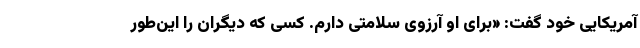
آمریکایی خود گفت: «برای او آرزوی سلامتی دارم. کسی که دیگران را این‌طور